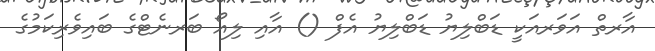
އާރތް އަވަރއަކީ ޑަބްލިޔު ޑަބްލިޔު އެފް () އާއި ލިއޯ ބަރނެޓްގެ ބައިވެރިކަމުގެ